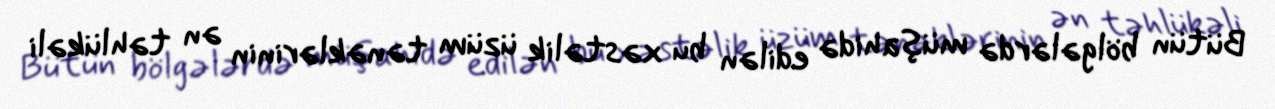
Bütün bölgələrdə müşahidə edilən bu xəstəlik üzüm tənəklərinin ən təhlükəli